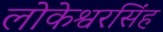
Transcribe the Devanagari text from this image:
लोकेश्वरसिंह